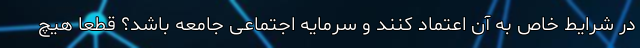
در شرایط خاص به آن اعتماد کنند و سرمایه اجتماعی جامعه باشد؟ قطعا هیچ